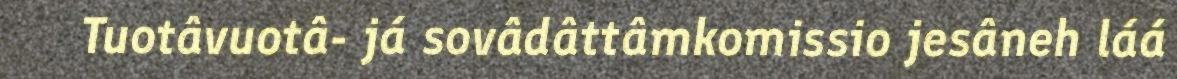
Tuotâvuotâ- já sovâdâttâmkomissio jesâneh láá